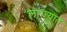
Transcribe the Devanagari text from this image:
लांज्यात